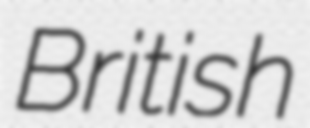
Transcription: British